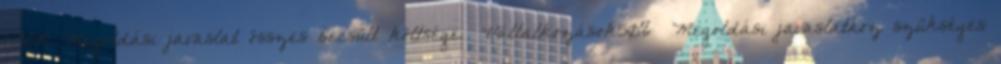
EUR▪Megoldási javaslat összes becsült költsége ▪Vállalkozások50% ▪Megoldási javaslathoz szükséges